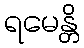
ရမေန္တိ